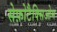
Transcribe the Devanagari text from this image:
सेफ़ोटैक्सिओम